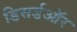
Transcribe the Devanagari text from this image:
डिसर्डऑर